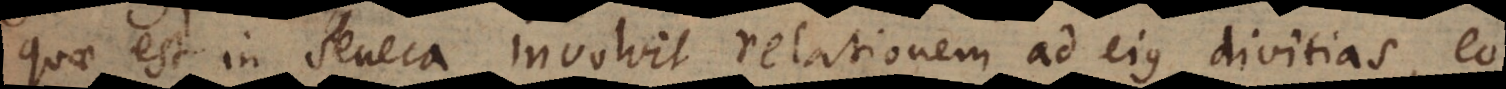
quae est in Seneca involvit relationem ad ejus divitias, eo